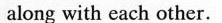
along with each other.